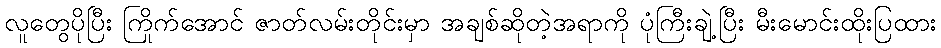
လူတွေပိုပြီး ကြိုက်အောင် ဇာတ်လမ်းတိုင်းမှာ အချစ်ဆိုတဲ့အရာကို ပုံကြီးချဲ့ပြီး မီးမောင်းထိုးပြထား